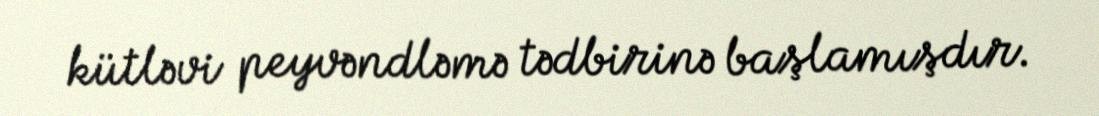
kütləvi peyvəndləmə tədbirinə başlamışdır.